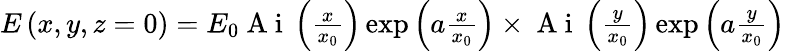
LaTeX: \begin{array}{r}{E\left({x},{y},z=0\right)={E}_{0}\mathrm{~A~i~}\left(\frac{x}{{x}_{0}}\right)\exp\left(a\frac{x}{{x}_{0}}\right)\times\mathrm{~A~i~}\left(\frac{y}{{x}_{0}}\right)\exp\left(a\frac{y}{{x}_{0}}\right)}\end{array}